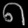
Digit: ၈